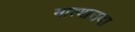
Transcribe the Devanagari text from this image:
मात्याउदा